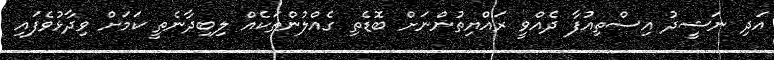
އަދި ނަޝީދު އިސްތިއުފާ ދެއްވީ ރައްޔިތުންނަށް ބޮޑެތި ގެއްލުންތަކެއް ލިބިދާނެތީ ކަމަށް ވިދާޅުވެފައި